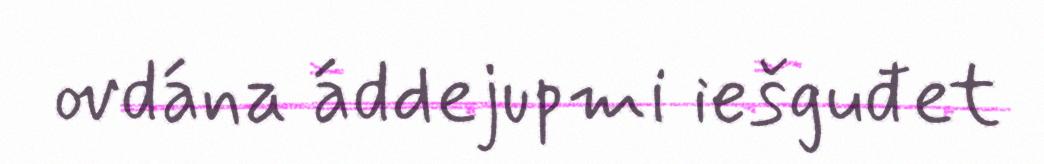
ovdána áddejupmi iešguđet